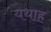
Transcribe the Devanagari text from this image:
यथाह